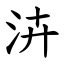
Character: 泋